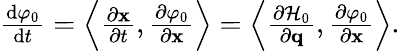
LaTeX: \begin{array}{r}{\frac{\mathrm{d}\varphi_{0}}{\mathrm{d}t}=\left\langle\frac{\partial\mathbf{x}}{\partial t},\frac{\partial\varphi_{0}}{\partial\mathbf{x}}\right\rangle=\left\langle\frac{\partial\mathcal{H}_{0}}{\partial\mathbf{q}},\frac{\partial\varphi_{0}}{\partial\mathbf{x}}\right\rangle.}\end{array}